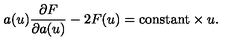
a ( u ) \frac { \partial F } { \partial a ( u ) } - 2 F ( u ) = \mathrm { c o n s t a n t } \times u .